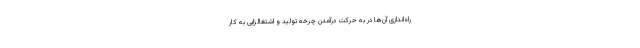
راه‌اندازی آن‌ها در به حرکت درآمدن چرخه تولید و اشتغالزایی به کار